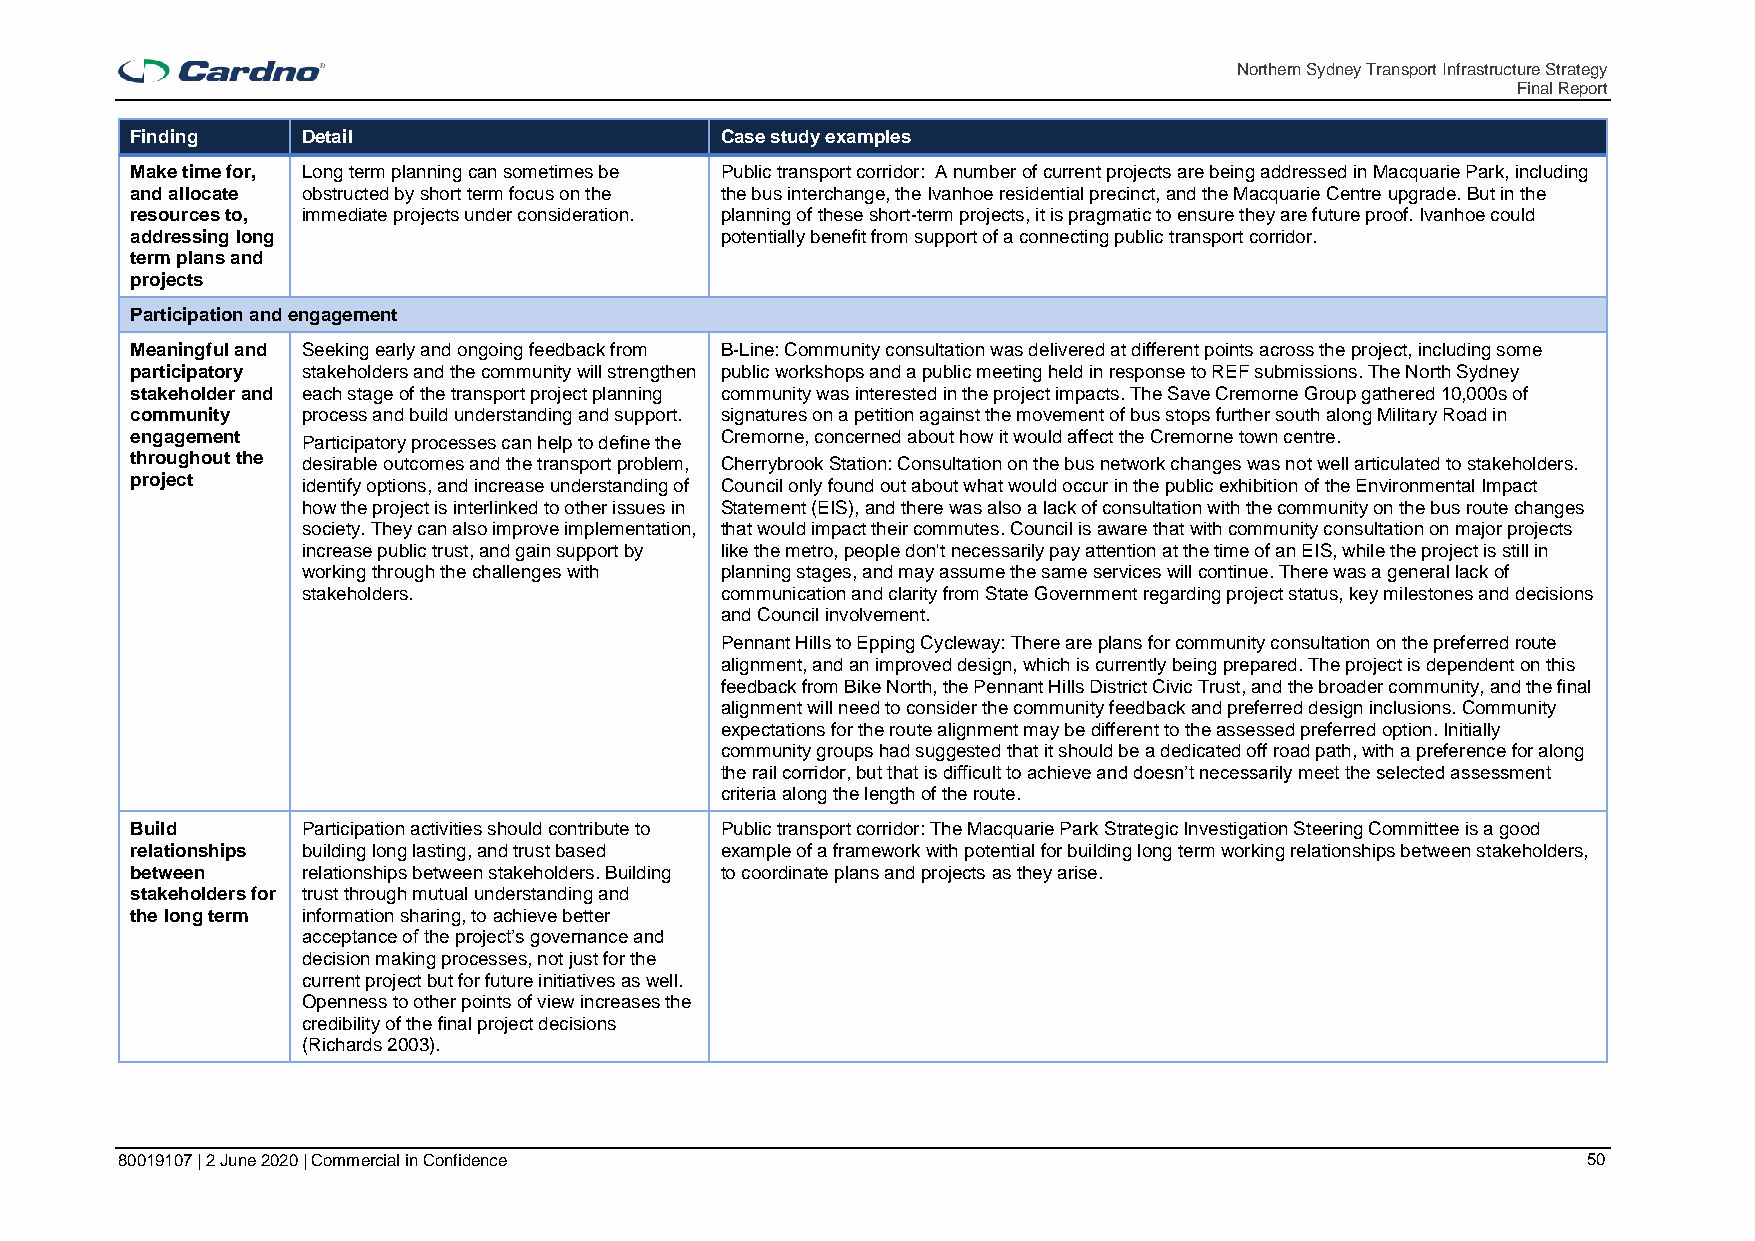
Northern Sydney Transport Infrastructure Strategy
 Final Report
 Finding    Detail                      Case study examples
 Make time for, Long term planning can sometimes be Public transport corridor: A number of current projects are being addressed in Macquarie Park, including
 and allocate obstructed by short term focus on the the bus interchange, the Ivanhoe residential precinct, and the Macquarie Centre upgrade. But in the
 resources to, immediate projects under consideration. planning of these short-term projects, it is pragmatic to ensure they are future proof. Ivanhoe could
 addressing long                        potentially benefit from support of a connecting public transport corridor.
 term plans and
 projects
 Participation and engagement
 Meaningful and Seeking early and ongoing feedback from B-Line: Community consultation was delivered at different points across the project, including some
 participatory stakeholders and the community will strengthen public workshops and a public meeting held in response to REF submissions. The North Sydney
 stakeholder and each stage of the transport project planning community was interested in the project impacts. The Save Cremorne Group gathered 10,000s of
 community  process and build understanding and support. signatures on a petition against the movement of bus stops further south along Military Road in
 engagement Participatory processes can help to define the Cremorne, concerned about how it would affect the Cremorne town centre.
 throughout the desirable outcomes and the transport problem, Cherrybrook Station: Consultation on the bus network changes was not well articulated to stakeholders.
 project    identify options, and increase understanding of Council only found out about what would occur in the public exhibition of the Environmental Impact
 how the project is interlinked to other issues in Statement (EIS), and there was also a lack of consultation with the community on the bus route changes
 society. They can also improve implementation, that would impact their commutes. Council is aware that with community consultation on major projects
 increase public trust, and gain support by like the metro, people don't necessarily pay attention at the time of an EIS, while the project is still in
 working through the challenges with planning stages, and may assume the same services will continue. There was a general lack of
 stakeholders.               communication and clarity from State Government regarding project status, key milestones and decisions
 and Council involvement.
 Pennant Hills to Epping Cycleway: There are plans for community consultation on the preferred route
 alignment, and an improved design, which is currently being prepared. The project is dependent on this
 feedback from Bike North, the Pennant Hills District Civic Trust, and the broader community, and the final
 alignment will need to consider the community feedback and preferred design inclusions. Community
 expectations for the route alignment may be different to the assessed preferred option. Initially
 community groups had suggested that it should be a dedicated off road path, with a preference for along
 the rail corridor, but that is difficult to achieve and doesn’t necessarily meet the selected assessment
 criteria along the length of the route.
 Build      Participation activities should contribute to Public transport corridor: The Macquarie Park Strategic Investigation Steering Committee is a good
 relationships building long lasting, and trust based example of a framework with potential for building long term working relationships between stakeholders,
 between    relationships between stakeholders. Building to coordinate plans and projects as they arise.
 stakeholders for trust through mutual understanding and
 the long term information sharing, to achieve better
 acceptance of the project’s governance and
 decision making processes, not just for the
 current project but for future initiatives as well.
 Openness to other points of view increases the
 credibility of the final project decisions
 (Richards 2003).
 80019107 | 2 June 2020 | Commercial in Confidence                                                50